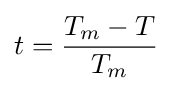
t={\frac {T_{m}-T}{T_{m}}}